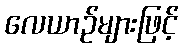
လေယာဉ်များဖြင့်